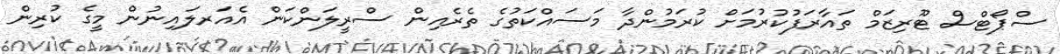
ސްޕޯޓްސް ޓޫރިޒަމް ތައާރަފުކުރުމަށް ކުރަމުންދާ މަސައްކަތުގެ ތެރެއިން ސްރީލަންކަން އެއަރލައިނުން މީގެ ކުރިން